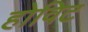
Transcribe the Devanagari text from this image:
होविट